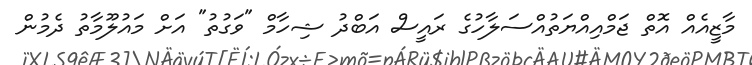
މާޒީއެއް އޮތް ޖަމްއިއްޔަތުއްސަލާހުގެ ރައީސް އަބްދު ޝިހާމް "ވަގުތު" އަށް މައުލޫމާތު ދެމުން